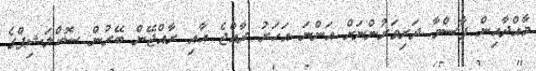
މާއްދާއިން ފާސްވާ ދަރިވަރުންނަށް އަންނަ އަހަރު ރާއްޖެ އާއި ރާއްޖޭން ބޭރުން ސޮކްލަޝިޕްގެ